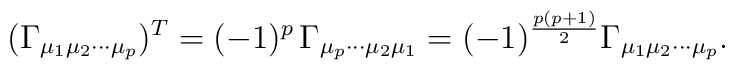
(\Gamma_{\mu_{1}\mu_{2}\cdots\mu_{p}})^{T}=(-1)^{p}\,\Gamma_{\mu_{p}\cdots\mu_{2}\mu_{1}}=(-1)^{\frac{p(p+1)}{2}}\Gamma_{\mu_{1}\mu_{2}\cdots\mu_{p}}.